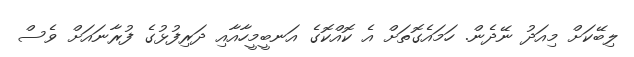
ލިބޭކަށް މިއަދު ނޭދެން. ހަމައެގޮތަށް އެ ކޮއްކޮގެ އަނބީމީހާއާއި ދަރިފުޅުގެ ފުރާނައަށް ވެސް